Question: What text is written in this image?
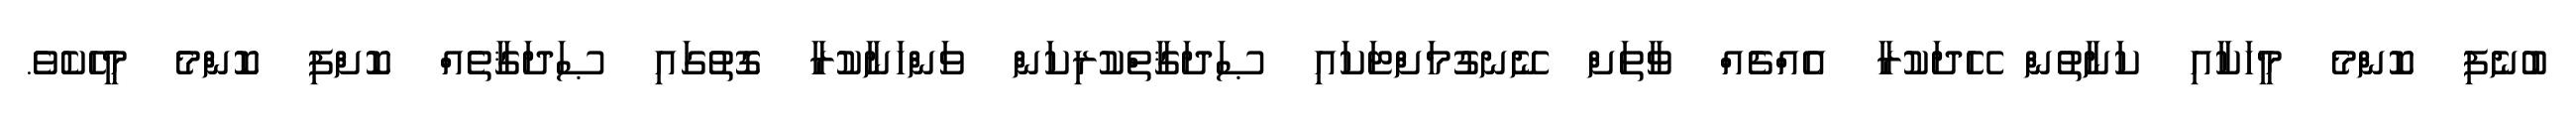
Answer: ބުނެފި ކޮންމެ މީހަކާއި ކަނާތުން ހޭދަކުރާ އެއްޗެއް ވާތަށް ނޭނގުމަށްޓަކައި ޞަދަޤާތްކުރިކަން ވަންހަނާކުރާ ގޮތުގައި ޞަދަޤާތެއް ކޮށްފި ކޮންމެ މީހެކެވެ.